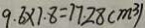
9 . 6 \times 7 . 8 = 7 7 . 2 8 ( m ^ { 3 } )